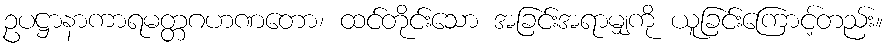
ဥပဋ္ဌာနာကာရမတ္တဂဟဏတော၊ ထင်တိုင်းသော အခြင်းအရာမျှကို ယူခြင်းကြောင့်တည်း။